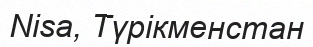
Nisa, Түрікменстан